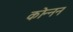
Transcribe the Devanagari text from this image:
कोन्नन